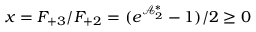
x = F _ { + 3 } / F _ { + 2 } = ( e ^ { \mathcal { A } _ { 2 } ^ { \ast } } - 1 ) / 2 \ge 0